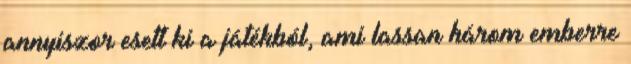
annyiszor esett ki a játékból, ami lassan három emberre